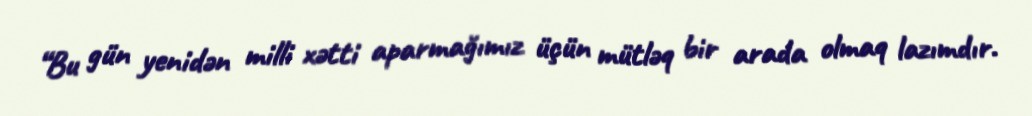
“Bu gün yenidən milli xətti aparmağımız üçün mütləq bir arada olmaq lazımdır.